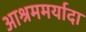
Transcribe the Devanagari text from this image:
आश्रममर्यादा